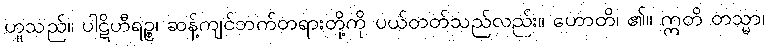
ဟူသည်။ ပါဋိဟီရဉ္စ၊ ဆန့်ကျင်ဘက်တရားတို့ကို ပယ်တတ်သည်လည်း။ ဟောတိ၊ ၏။ ဣတိ တသ္မာ၊